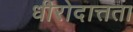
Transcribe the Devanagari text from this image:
धीरोदात्तता